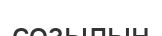
созылын